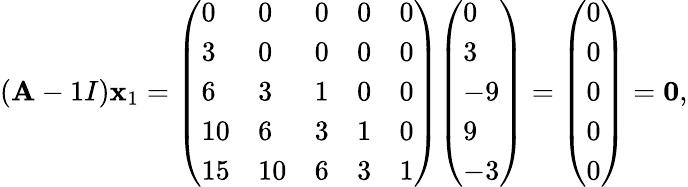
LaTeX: (\mathbf{A}-1I)\mathbf{{x}}_{1}={\left(\begin{array}{lllll}{0}&{0}&{0}&{0}&{0}\\ {3}&{0}&{0}&{0}&{0}\\ {6}&{3}&{1}&{0}&{0}\\ {10}&{6}&{3}&{1}&{0}\\ {15}&{10}&{6}&{3}&{1}\end{array}\right)}{\left(\begin{array}{l}{0}\\ {3}\\ {-9}\\ {9}\\ {-3}\end{array}\right)}={\left(\begin{array}{l}{0}\\ {0}\\ {0}\\ {0}\\ {0}\end{array}\right)}=\mathbf{{0}},